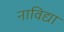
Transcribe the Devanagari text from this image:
नाविद्या